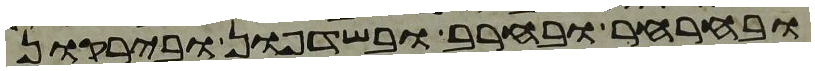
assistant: ובחרחר ובחרב ובשדפון ובירקון